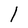
Character: l